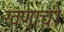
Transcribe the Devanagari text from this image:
खणाची